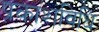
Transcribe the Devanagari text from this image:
प्रकाशविधि